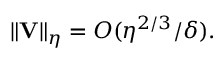
\| \mathbf V \| _ { \eta } = { \cal O } ( \eta ^ { 2 / 3 } / \delta ) .